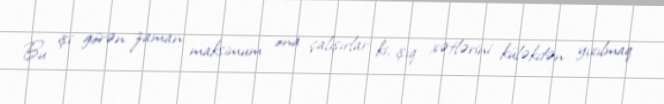
Bu işi görən zaman maksimum ona çalışırlar ki, işıq xətlərini küləkdən yıxılmaq